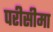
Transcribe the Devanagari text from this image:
परीसीमा